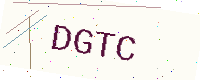
Text: DGTC